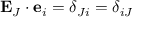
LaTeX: \ \mathbf { E } _ { J } \cdot \mathbf { e } _ { i } = \delta _ { J i } = \delta _ { i J }